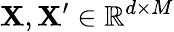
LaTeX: \mathbf{X},\mathbf{X}^{\prime}\in\mathbb{R}^{d\times M}